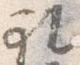
礼